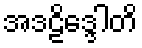
အဒဠိဒ္ဒေါတိ